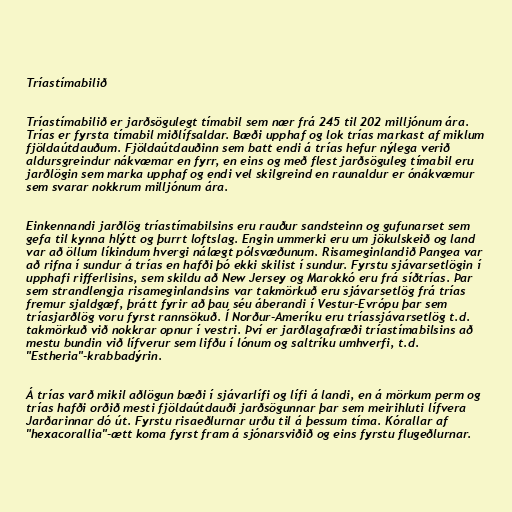
Tríastímabilið

Tríastímabilið er jarðsögulegt tímabil sem nær frá 245 til 202 milljónum ára.
Trías er fyrsta tímabil miðlífsaldar. Bæði upphaf og lok trías markast af miklum
fjöldaútdauðum. Fjöldaútdauðinn sem batt endi á trías hefur nýlega verið
aldursgreindur nákvæmar en fyrr, en eins og með flest jarðsöguleg tímabil eru
jarðlögin sem marka upphaf og endi vel skilgreind en raunaldur er ónákvæmur
sem svarar nokkrum milljónum ára.

Einkennandi jarðlög tríastímabilsins eru rauður sandsteinn og gufunarset sem
gefa til kynna hlýtt og þurrt loftslag. Engin ummerki eru um jökulskeið og land
var að öllum líkindum hvergi nálægt pólsvæðunum. Risameginlandið Pangea var
að rifna í sundur á trías en hafði þó ekki skilist í sundur. Fyrstu sjávarsetlögin í
upphafi rifferlisins, sem skildu að New Jersey og Marokkó eru frá síðtrías. Þar
sem strandlengja risameginlandsins var takmörkuð eru sjávarsetlög frá trías
fremur sjaldgæf, þrátt fyrir að þau séu áberandi í Vestur-Evrópu þar sem
tríasjarðlög voru fyrst rannsökuð. Í Norður-Ameríku eru tríassjávarsetlög t.d.
takmörkuð við nokkrar opnur í vestri. Því er jarðlagafræði tríastímabilsins að
mestu bundin við lífverur sem lifðu í lónum og saltríku umhverfi, t.d.
"Estheria"-krabbadýrin.

Á trías varð mikil aðlögun bæði í sjávarlífi og lífi á landi, en á mörkum perm og
trías hafði orðið mesti fjöldaútdauði jarðsögunnar þar sem meirihluti lífvera
Jarðarinnar dó út. Fyrstu risaeðlurnar urðu til á þessum tíma. Kórallar af
"hexacorallia"-ætt koma fyrst fram á sjónarsviðið og eins fyrstu flugeðlurnar.